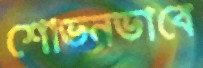
শোভনভাবে